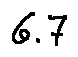
6 . 7